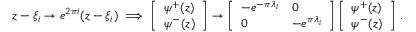
\begin{array} { r } { z - \xi _ { i } \to e ^ { 2 \pi i } ( z - \xi _ { i } ) \implies \left[ \begin{array} { l } { \psi ^ { + } ( z ) } \\ { \psi ^ { - } ( z ) } \end{array} \right] \to \left[ \begin{array} { l l } { - e ^ { - \pi \lambda _ { i } } } & { 0 } \\ { 0 } & { - e ^ { \pi \lambda _ { i } } } \end{array} \right] \left[ \begin{array} { l } { \psi ^ { + } ( z ) } \\ { \psi ^ { - } ( z ) } \end{array} \right] \, . } \end{array}